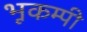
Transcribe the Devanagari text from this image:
भूकम्पी